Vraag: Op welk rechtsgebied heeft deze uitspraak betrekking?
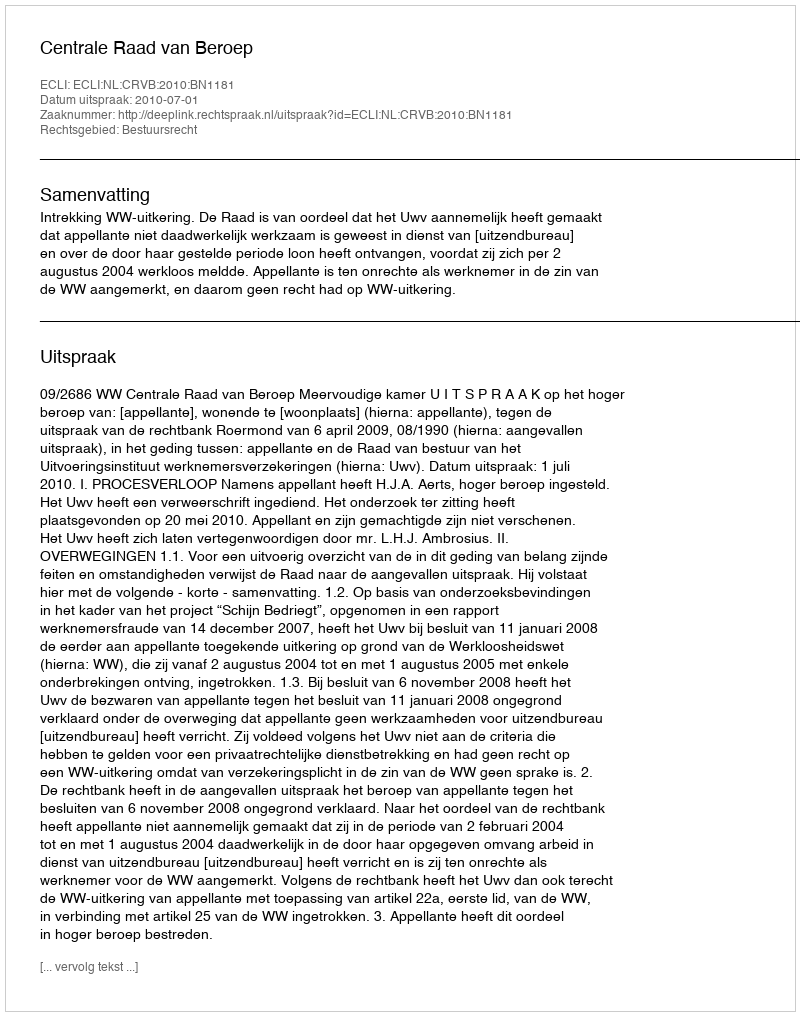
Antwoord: Bestuursrecht